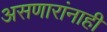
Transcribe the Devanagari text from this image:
असणारांनाही